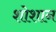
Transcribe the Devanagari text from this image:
शोशान